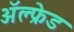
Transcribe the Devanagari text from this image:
अॅल्फ्रेड